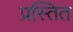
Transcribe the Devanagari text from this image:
प्रस्तित